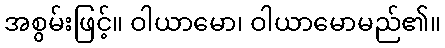
အစွမ်းဖြင့်။ ဝါယာမော၊ ဝါယာမောမည်၏။